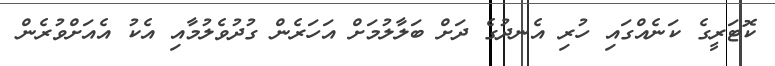
ކޮޓަރީގެ ކަނެއްގައި ހުރި އެނދުގެ ދަށް ބަލާލުމަށް އަހަރެން ގުދުވެލުމާއި އެކު އެއަށްވުރެން